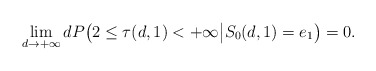
\begin{align*}\lim_{d\rightarrow+\infty}dP\big(2\leq\tau(d,1)<+\infty\big|S_0(d,1)=e_1\big)=0.\end{align*}